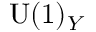
\mathrm { U } ( 1 ) _ { Y }